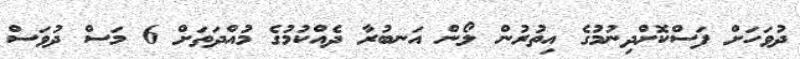
ދުވަހަށް ފަސްކޮށްދިނުމުގެ އިތުރުން ލޯން އަނބުރާ ދެއްކުމުގެ މުއްދަތަށް 6 މަސް ދުވަސް